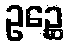
ဥဉ္ဆေ